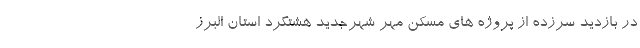
در بازدید سرزده از پروژه های مسکن مهر شهرجدید هشتگرد استان البرز